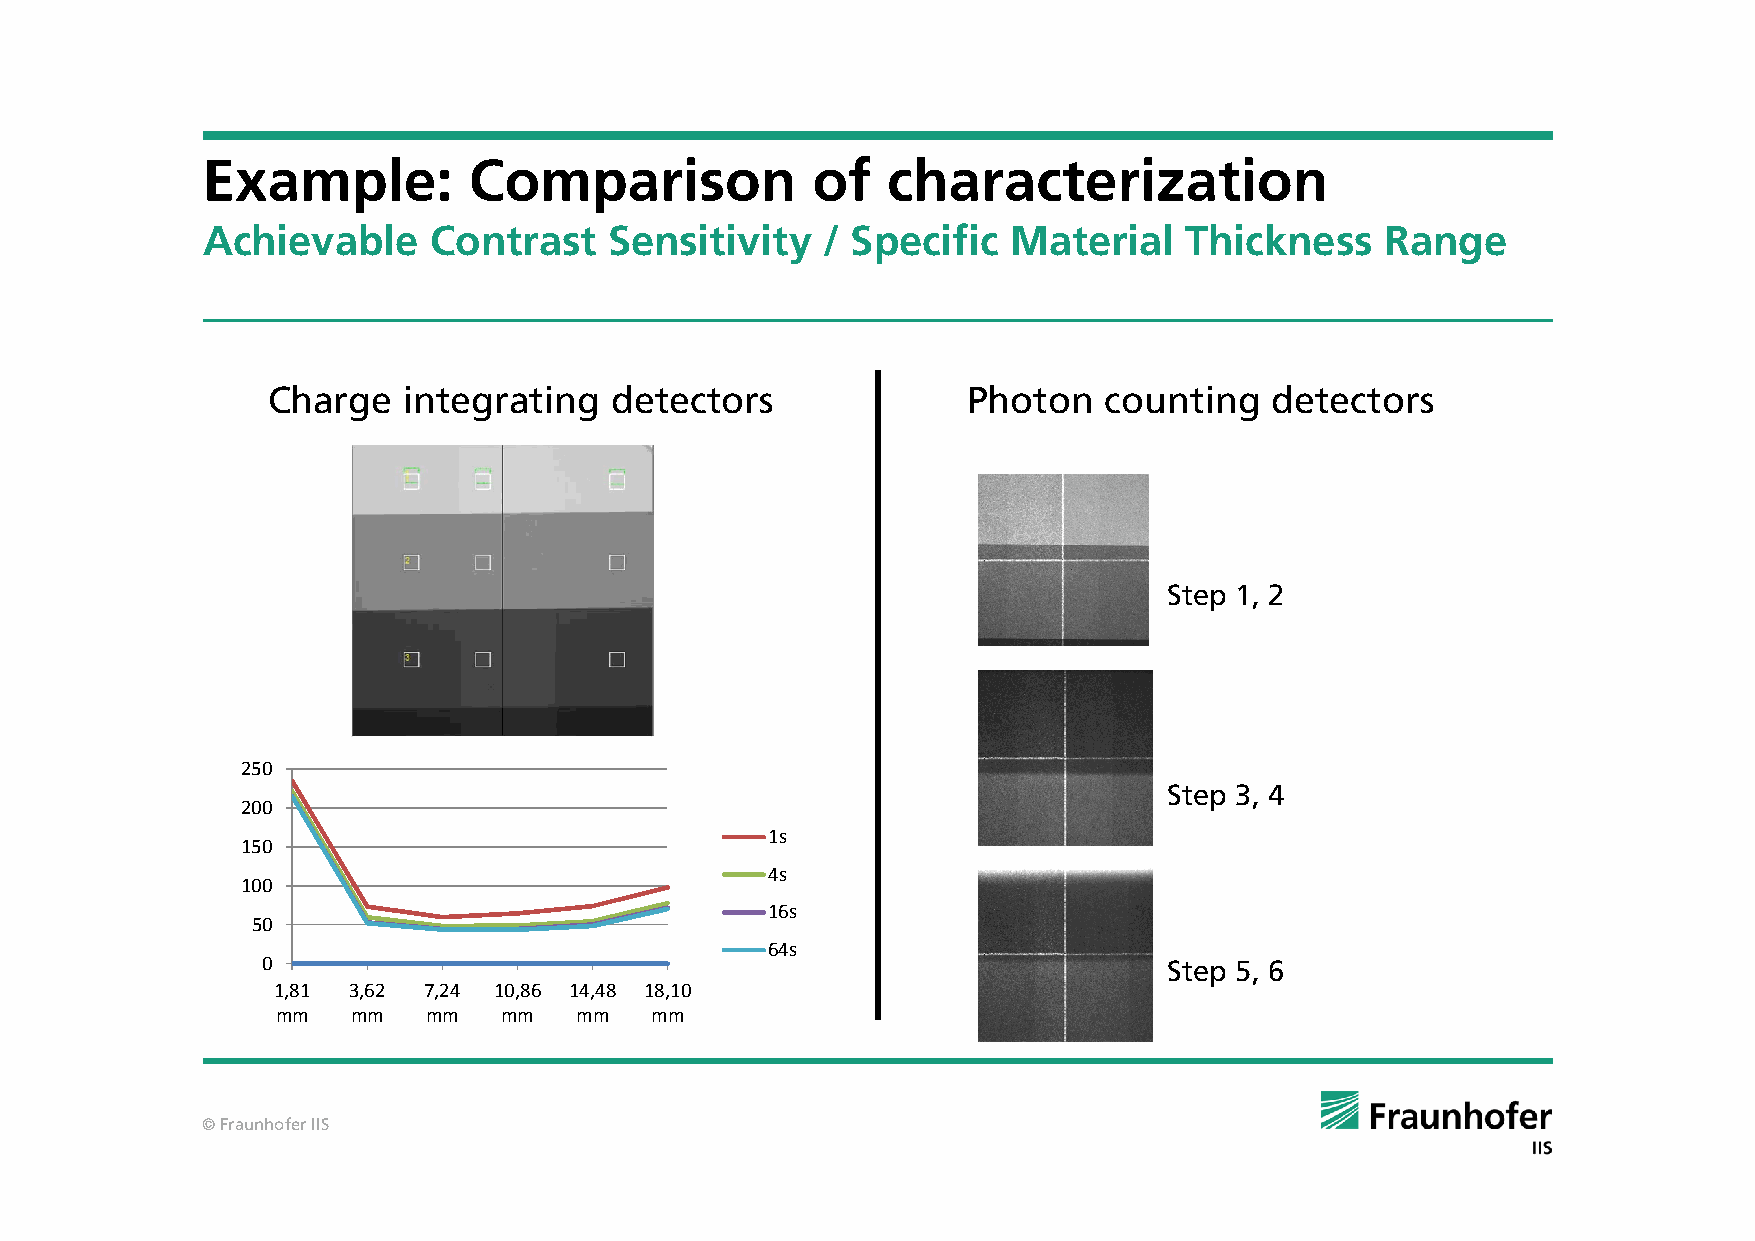
Example:          Comparison             of   characterization
 Achievable     Contrast    Sensitivity   / Specific   Material   Thickness     Range
 Charge   integrating  detectors               Photon   counting   detectors
 Step 1, 2
 250
 Step 3, 4
 200
 1s
 150
 4s
 100
 16s
 50
 64s
 0                                                           Step 5, 6
 1,81 3,62 7,24 10,86 14,48 18,10
 mm   mm   mm   mm   mm   mm
 © Fraunhofer IIS